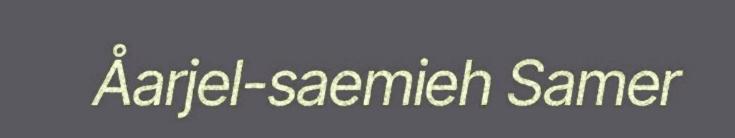
Åarjel-saemieh Samer